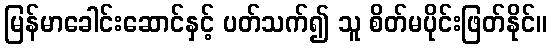
မြန်မာခေါင်းဆောင်နှင့် ပတ်သက်၍ သူ စိတ်မပိုင်းဖြတ်နိုင်။